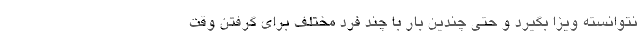
نتوانسته ویزا بگیرد و حتی چندین بار با چند فرد مختلف برای گرفتن وقت